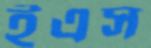
ইএস